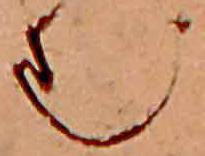
む